Vital statistics of India. Vol. IV, Annual returns from 1871 to 1876. British Army of India, Native Army and jails of Bengal
Year: 1871
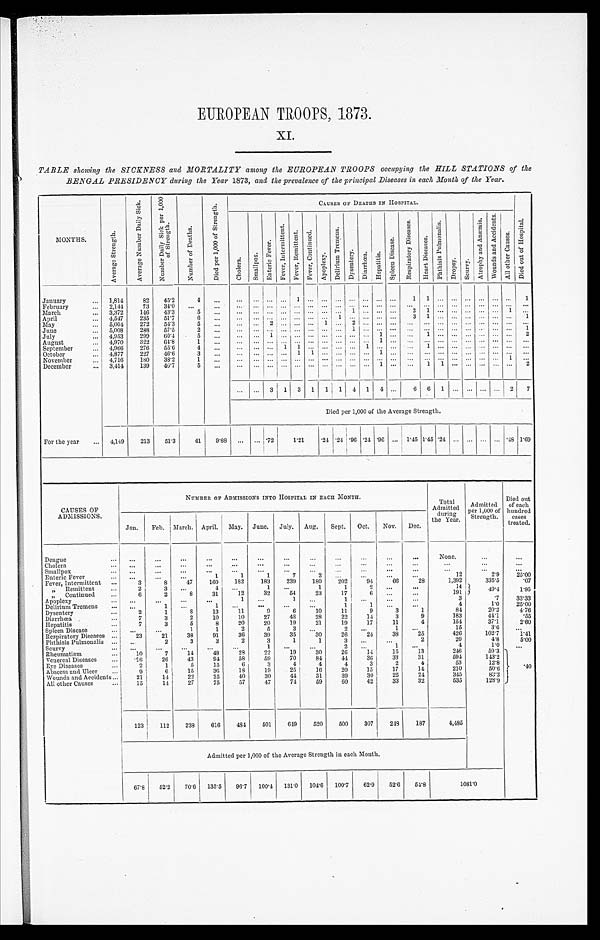
EUROPEAN TROOPS, 1873.
XI.
TABLE showing the SICKNESS and MORTALITY among the EUROPEAN TROOPS occupying the HILL STATIONS of the
BENGAL PRESIDENCY during the Year 1873, and the prevalence of the principal Diseases in each Month of the Year.
M O N T H S .
A v e r a g e S t r e n g t h .
A v e r a g e N u m b e r D a i l y S i c k .
N u m b e r D a i l y S i c k p e r 1 , 0 0 0 o f S t r e n g t h .
N u m b e r o f D e a t h s .
D i e d p e r 1 , 0 0 0 o f S t r e n g t h .
C A U S E S O F D E A T H S I N H O S P I T A L .
D i e d o u t o f H o s p i t a l .
C h o l e r a . S m a l l p o x .
E n t e r i c F e v e r .
F e v e r , I n t e r m i t t e n t .
F e v e r , R e m i t t e n t .
F e v e r , C o n t i n u e d .
A p o p l e x y .
D e l i r i u m T r e m e n s .
D y s e n t e r y D i a r r h œ a . H e p a t i t i s .
S p l e e n D i s e a s e .
R e s p i r a t o r y D i s e a s e s .
H e a r t D i s e a s e s .
P h t h i s i s P u l m o n a l i s .
D r o p s y . S c u r v y .
A t r o p h y a n d A n æ m i a . W o u n d s a n d A c c i d e n t s .
A l l o t h e r C a u s e s .
January . . .
1, 814
82 45.2
4
. . . . . . . . . . . . . . . 1 . . . . . . . . . . . . . . . . . . . . . 1 1
. . . . . . . . . . . .. . . . . .
1
February . . .
2,144
73 34.0
. . .
. . . . . .
. . . . . . . . . . . . . . . . . . . . . . . . . . . . . . . . . . . . . . . . . . . . . . . . . . . . . . . . . . . .
March . . .
3,372
146 43.3
5
. . .
. . . . . . . . . . . . . . . . . . . . . . . . 1 . . . . . . . . . 2 1
. . . . . . . . . . . .. . . 1
. . .
April . . .
4,547
235 51.7
6 . . . . . . . . . . . . . . . . . . . . . . . . 1 . . . . . . . . . . . . 3 1
. . . . . . . . . . . .. . . . . .
1
May . . .
5,004
272 54.3
5
. . .
. . . . . . 2 . . . . . . . . . 1 . . . 2 . . . . . . . . . . . . . . . . . . . . . . . . . . . . . . . . .
. . .
June . . .
5,008
288 57.5
2
. . . . . .
. . . . . . . . . . . . . . . . . . . . .
1 . . . . . . . . . . . . . . . . . . . . . . . . . . .. . . . . . 1
July . . .
4,953
299 60.4
5
. . .
. . . . . . 1 . . . . . . . . . . . . . . . . . . . . . 1 . . . . . . 1
. . . . . . . . . . . . . . . . . .
2
August . . .
4,970
3 2 2 64.8
1 . . . . . .
. . . . . . . . . . . . . . . . . . . . . . . . . . . 1 . . . . . . . . . . . . . . . . . . . . .. . . . . .
. . .
September . . .
4,966
276 55.6
4
. . .
. . . . . . . . . 1 1 . . . . . . . . . . . . 1 . . . . . . . . . 1
. . . . . . . . . . . . . . . . . .
. . .
October . . .
4,877
227 46.6
3 . . . . . .
. . . . . . . . . 1 1
. . . . . . . . . . . . 1 . . .
. . . . . . . . . . . . . . . . . . . . . . . .
. . .
November . . .
4,716
180 38.2
1 . . . . . .
. . . . . . . . . . . . . . . . . . . . . . . . . . . . . . . . . . . . . . . . . . . . . . . . . . . . . . 1
. . .
December . . .
3,414 139 40.7
5
. . . . . .
. . . . . . . . . . . . . . . . . . . . . . . . . . . 1
. . . . . . 1 1
. . . . . . . . .. . . . . .
2
. . . . . . 3 1 3 1
1 1 4 1 4 . . .
6 6 1 . . . . . . . . . . . . 2 7
Died per 1,000 of the Average Strength.
For the year . . . 4,149
213 51.3
41 9.88 . . .
. . . . 7 2
1.21 .24 .24 . 9 6 .24 .96 . . . 1.45 1.45 .24 . . . . . . . . . . . . .48 1.69
CAUSES OF
ADMISSIONS.
NUMBER OF ADMISSIONS INTO HOSPITAL IN EACH MONTH.
Total
Admitted
during
the Year.
Admitted
per 1,000 of
Strength.
Died out
of each
hundred
cases
treated.
Jan. Feb. March. April. May. June. July. Aug. Sept. Oct. Nov. Dec.
Dengue . . .
. . . . . .
. . .
. . .
. . .
. . .
. . .
. . .
. . .
. . .
. . .
. . .
None.
. . .
. . .
Cholera . . .
. . . . . .
. . .
. . .
. . .
. . .
. . .
. . .
. . .
. . .
. . .
. . .
. . .
. . .
. . .
Smallpox . . .
. . . . . .
. . .
. . .
. . .
. . .
. . .
. . .
. . .
. . .
. . .
. . .
. . .
. . .
. . .
Enteric Fever . . .
. . . . . .
. . .
1
1
1
7
2
. . .
. . .
. . .
. . .
12
2.9 25. 00
Fever, Intermittent . . .
3
8
47
160
182
183
239
180
202
9 4
66
2 8
1,392
335.5
.07
" Remittent . . .
2
3
. . .
4
. . .
1
. . .
1
1
2
. . . . . .
14
49. 4
1.95
" Continued . . .
6
2
8
31
12
32
54
23
17
6
. . . . . .
191
Apoplexy . . .
. . . . . .
. . .
. . .
1
. . .
1
. . .
1
. . . . . .
. . .
3
.7
33. 33
Delirium Tremens . . .
. . .
1
. . .
1
. . . . . .
. . .
. . .
1
1
. . .
. . .
4
1.0 25.00
Dysentery . . .
2
1
8
13
11
9
6
10
11
9
3
1
84
20.2
4. 76
Diarrhœa . . .
7
3
2
10
10
27
48
28
22
14
3
9
183
44.1
.55
Hepatitis . . .
7
3
5
8
20
20
19
21
19
17
11
4
154
37.1
2. 60
Spleen Disease . . .
. . . . . .
1
1
2
5
3
. . .
2
. . .
1
. . .
15
3.6
. . .
Respiratory Diseases . . .
23
21
38
91
36
39
35
30
26
24
38
25
426
102.7
1. 41
Phthisis Pulmonalis . . .
. . .
2
3
3
2
3
1
1
3
. . .
. . .
2
20
4.8
5. 00
Scurvy . . .
. . . . . .
. . .
. . .
. . .
1
. . .
. . .
2
. . .
1
. . .
4
1.0
. . .
Rheumatism . . .
10
7
14
48
28
22
19
30
26
14
15
13
246
59.3
. 4 0
Venereal Diseases . . .
16
26
43
94
58
59
70
84
44
36
33
31
594
143.2
Eye Diseases . . .
2
1
5
15
6
3
4
4
4
3
2
4
53
12.8
Abscess and Ulcer . . .
9
6
15
36
18
19
25
16
20
15
17
14
210
50.6
Wounds and Accidents . . .
21
14
22
25
40
30
44
31
39
30
25
24
345
83.2
All other Causes . . .
15
14
27
75
57
47
74
59
60
42
33
32
535
128.9
123
112
238
616
484
501
649 520
500
307
248 187
4,485
Admi t t ed per 1, 000 of t he Average St rengt h i n each Mont h.
67.85 2 . 2
70.6 135.5 96.7 100.4 131.0 104.6 100.7 62.9 52.6 54.8
1 0 8 1 . 0